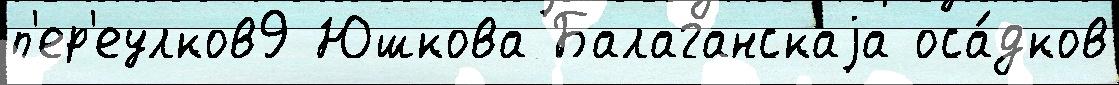
п'ер'еулков9 Юшкова Балаганскаjа оса́дков